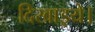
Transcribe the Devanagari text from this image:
दिखाइये।